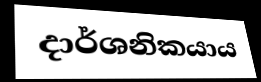
දාර්ශනිකයාය